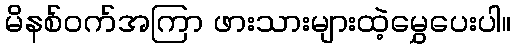
မိနစ်ဝက်အကြာ ဖားသားများထဲ့မွှေပေးပါ။